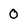
Character: 0